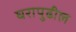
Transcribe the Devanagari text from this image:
घरापुढील